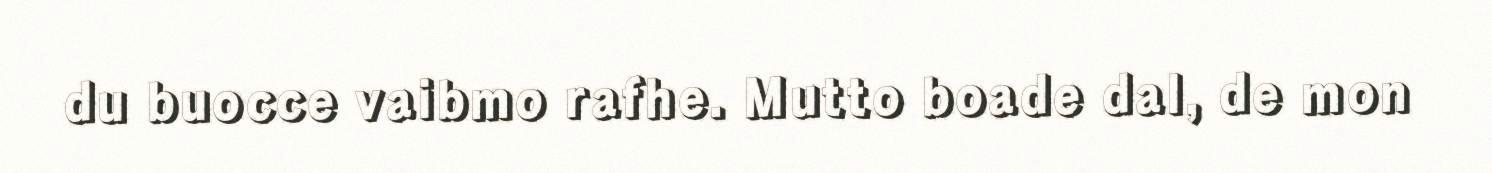
du buocce vaibmo rafhe. Mutto boade dal, de mon